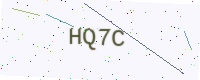
Text: HQ7C